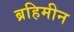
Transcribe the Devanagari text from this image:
ब्रहिमीन